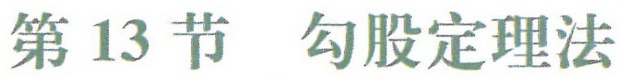
第13节 勾股定理法